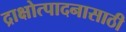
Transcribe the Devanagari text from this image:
द्राक्षोत्पादनासाठी